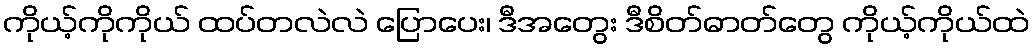
ကိုယ့်ကိုကိုယ် ထပ်တလဲလဲ ပြောပေး၊ ဒီအတွေး ဒီစိတ်ဓာတ်တွေ ကိုယ့်ကိုယ်ထဲ